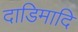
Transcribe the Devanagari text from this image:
दाडिमादि